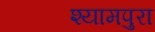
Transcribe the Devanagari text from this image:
श्यामपुरा